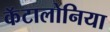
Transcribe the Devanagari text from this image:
कॅटालोनिया